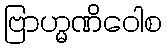
ဗြာဟ္မဏိဝေါစ